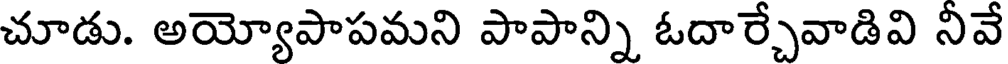
చూడు. అయ్యోపాపమని పాపాన్ని ఓదార్చేవాడివి నివే